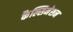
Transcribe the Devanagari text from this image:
कैल्सिनेशन